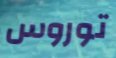
توروس